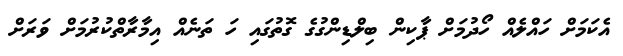
އެކަމަށް ހައްލެއް ހޯދުމަށް ޕާކިން ބިލްޑިންގުގެ ގޮތުގައި ހަ ތަނެއް އިމާރާތްކުރުމަށް ވަރަށް